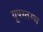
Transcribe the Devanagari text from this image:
यूपस्तम्भ